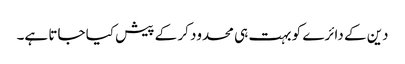
دین کے دائرے کو بہت ہی محدود کر کے پیش کیا جاتا ہے۔